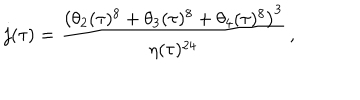
j ( \tau ) = \frac { \left( \theta _ { 2 } ( \tau ) ^ { 8 } + \theta _ { 3 } ( \tau ) ^ { 8 } + \theta _ { 4 } ( \tau ) ^ { 8 } \right) ^ { 3 } } { \eta ( \tau ) ^ { 2 4 } } \, ,